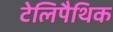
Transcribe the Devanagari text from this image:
टेलिपैथिक